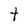
Character: t